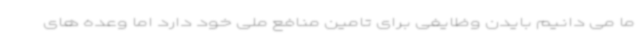
ما می دانیم بایدن وظایفی برای تامین منافع ملی خود دارد اما وعده های